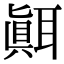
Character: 𦗁